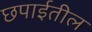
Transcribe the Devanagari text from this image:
छपाईतील